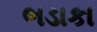
ભડાકા